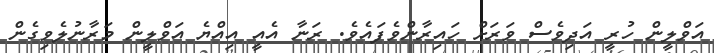
އަވްލީން ހުރީ އަދިވެސް ވަރަށް ހައިރާންވެފައެވެ. ރަނާ އެއީ އިއްޔެ އަވްލީން މަރާނުލެވިގެން